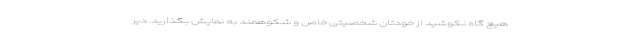
هیچ گاه نکوشید از خودتان شخصیتی خاص و شکوهمند به نمایش بگذارید. دیر